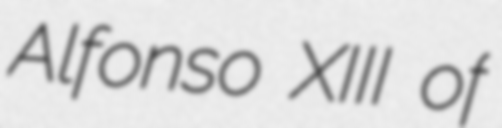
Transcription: Alfonso XIII of